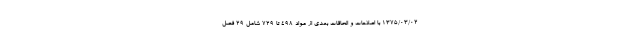
۱۳۷۵/۰۳/۰۲ با اصلاحات و الحاقات بعدی از مواد 498 تا 729 شامل ۲۹ فصل